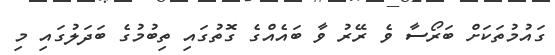
ގައުމުތަކަށް ބަރޯސާ ވެ ރޭރު ވާ ބައެއްގެ ގޮތުގައި ތިބުމުގެ ބަދަލުގައި މި